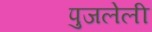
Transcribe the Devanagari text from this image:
पुजलेली